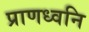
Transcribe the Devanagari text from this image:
प्राणध्वनि